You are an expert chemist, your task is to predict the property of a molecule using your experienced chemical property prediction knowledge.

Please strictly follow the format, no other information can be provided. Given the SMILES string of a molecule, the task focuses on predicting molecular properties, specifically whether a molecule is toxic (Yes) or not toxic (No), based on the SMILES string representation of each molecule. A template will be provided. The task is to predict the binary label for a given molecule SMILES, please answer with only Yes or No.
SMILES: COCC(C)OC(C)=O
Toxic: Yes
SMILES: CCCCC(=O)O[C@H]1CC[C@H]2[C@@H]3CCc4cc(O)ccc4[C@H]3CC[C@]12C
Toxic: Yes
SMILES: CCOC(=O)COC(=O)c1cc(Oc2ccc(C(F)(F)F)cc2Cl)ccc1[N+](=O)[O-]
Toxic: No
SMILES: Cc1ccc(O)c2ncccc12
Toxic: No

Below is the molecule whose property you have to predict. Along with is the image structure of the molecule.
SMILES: C#C[C@]1(OC(C)=O)CC[C@H]2[C@@H]3CCC4=C[C@@H](OC(C)=O)CC[C@@H]4[C@H]3CC[C@@]21C
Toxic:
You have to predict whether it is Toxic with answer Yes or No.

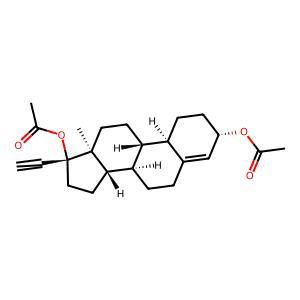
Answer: Yes